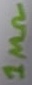
Text: 1MΩ